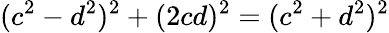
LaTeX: (c^{2}-d^{2})^{2}+(2cd)^{2}=(c^{2}+d^{2})^{2}